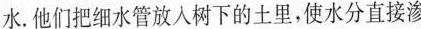
水。他们把细水管放入树下的土里，使水分直接渗